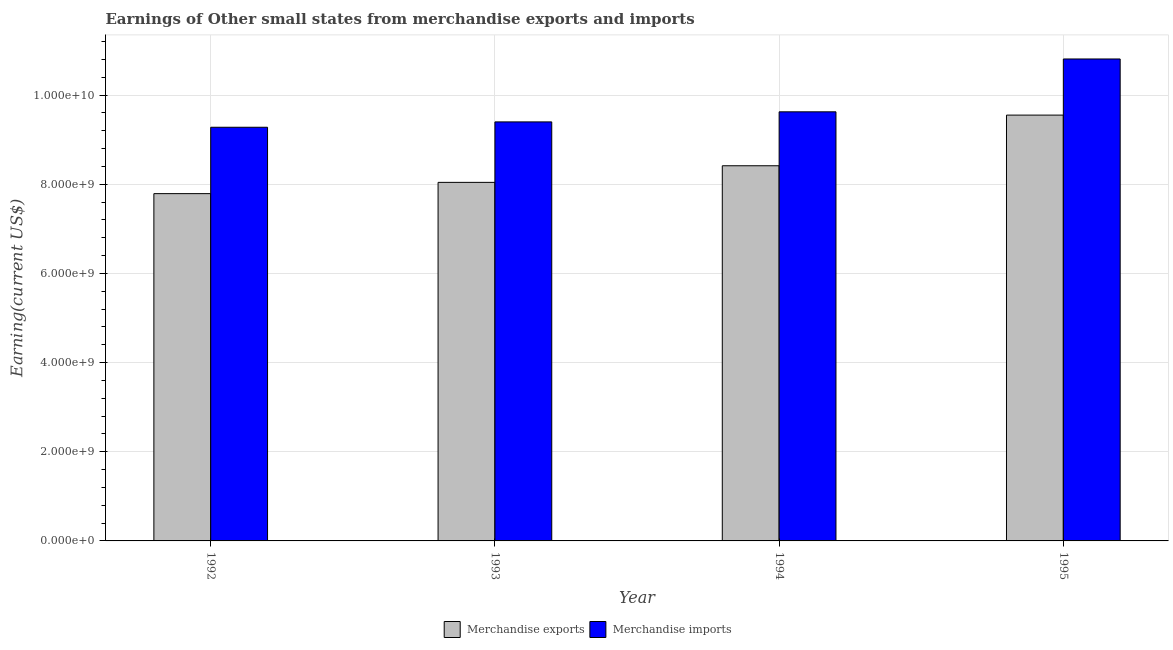
| Year | Merchandise exports | Merchandise imports |
 | --- | --- | --- |
 | 1992 | 7.79e+09 | 9.28e+09 |
 | 1993 | 8.04e+09 | 9.4e+09 |
 | 1994 | 8.41e+09 | 9.62e+09 |
 | 1995 | 9.55e+09 | 1.08e+10 |